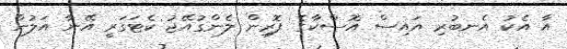
އާ އެކު އެނބުރި އައިސް އޮސްކާގެ ފޮރިން ލެންގުއޭޖު ކެޓަގަރީ އޭނާ އަލުން